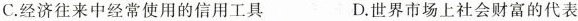
C.经济往来中经常使用的信用工具 D.世界市场上社会财富的代表